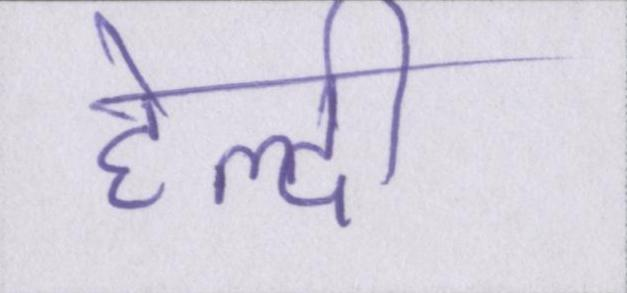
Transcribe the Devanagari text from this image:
हेल्दी